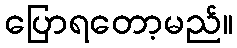
ပြောရတော့မည်။